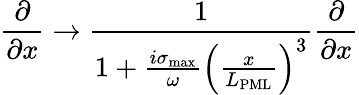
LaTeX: \frac{\partial}{\partial x}\rightarrow\frac{1}{1+\frac{i\sigma_{\textrm{max}}}{\omega}\left(\frac{x}{L_{\textrm{PML}}}\right)^{3}}\frac{\partial}{\partial x}